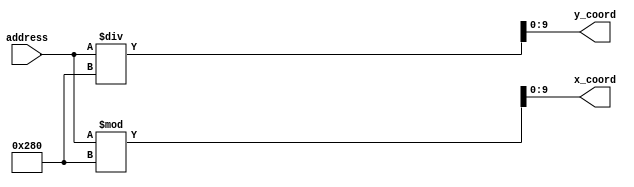
module addr_to_coords(address, x_coord, y_coord); 
	input[23:0] address;
	output[9:0] x_coord; 
	output[9:0] y_coord;
	
	assign x_coord = address % 10'd640;
	assign y_coord = address / 10'd640; 
endmodule